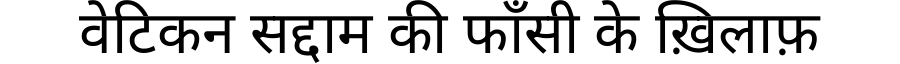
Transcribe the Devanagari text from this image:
वेटिकन सद्दाम की फाँसी के ख़िलाफ़